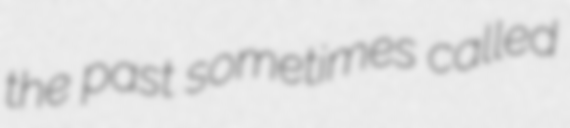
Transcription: the past sometimes called